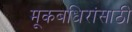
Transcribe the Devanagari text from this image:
मूकबधिरांसाठी